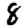
Digit: 8